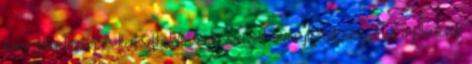
kereszthordozása és kereszthalála során szerzett bizonyítékul szolgálnak a jelenlévők